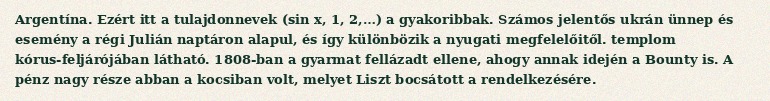
Argentína. Ezért itt a tulajdonnevek (sin x, 1, 2,…) a gyakoribbak. Számos jelentős ukrán ünnep és esemény a régi Julián naptáron alapul, és így különbözik a nyugati megfelelőitől. templom kórus-feljárójában látható. 1808-ban a gyarmat fellázadt ellene, ahogy annak idején a Bounty is. A pénz nagy része abban a kocsiban volt, melyet Liszt bocsátott a rendelkezésére.